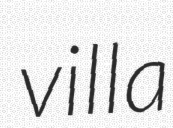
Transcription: villa